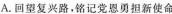
A. 回望复兴路，铭记党恩勇担新使命